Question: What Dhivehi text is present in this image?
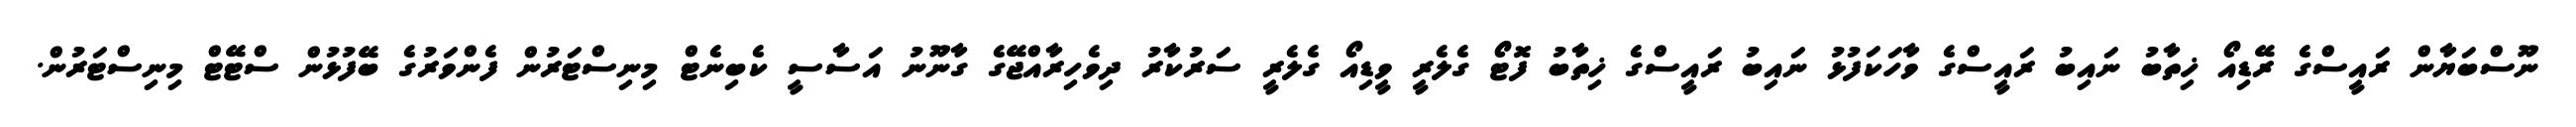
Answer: ނޫސްބަޔާން ރައީސްގެ ރޭޑިއޯ ޚިތާބު ނައިބު ރައީސްގެ ވާހަކަފުޅު ނައިބު ރައީސްގެ ޚިތާބު ފޮޓޯ ގެލެރީ ވީޑިއޯ ގެލެރީ ސަރުކާރު ދިވެހިރާއްޖޭގެ ގާނޫނު އަސާސީ ކެބިނެޓް މިނިސްޓަރުން ފެންވަރުގެ ބޭފުޅުން ސްޓޭޓް މިނިސްޓަރުން.